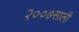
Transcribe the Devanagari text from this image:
२००७साली